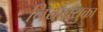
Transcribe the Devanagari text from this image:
नियतायुका